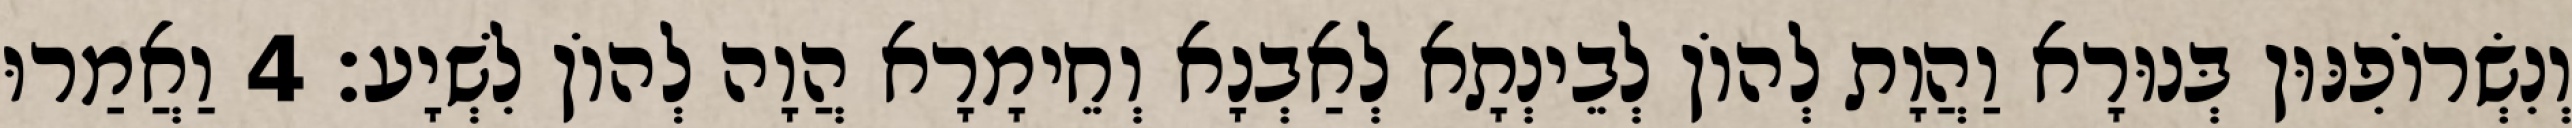
וְנִשְׂרוֹפִנּוּן בְּנוּרָא וַהֲוָת לְהוֹן לְבֵינְתָא לְאַבְנָא וְחֵימָרָא הֲוָה לְהוֹן לִשְׁיָע׃ 4 וַאֲמַרוּ